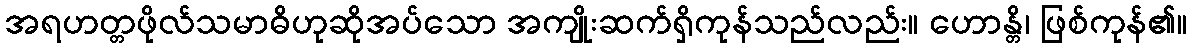
အရဟတ္တဖိုလ်သမာဓိဟုဆိုအပ်သော အကျိုးဆက်ရှိကုန်သည်လည်း။ ဟောန္တိ၊ ဖြစ်ကုန်၏။